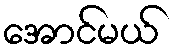
အောင်မယ်